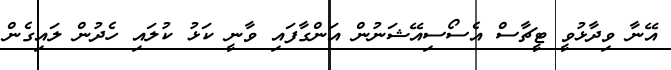
އޭނާ ވިދާޅުވީ ޓީޗާސް އެސޯސިއޭޝަނުން އަންގާފައި ވާނީ ކަޅު ކުލައި ހެދުން ލައިގެން